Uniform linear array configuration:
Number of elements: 12
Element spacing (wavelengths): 0.25
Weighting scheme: hann
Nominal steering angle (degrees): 15
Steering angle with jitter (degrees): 15.991
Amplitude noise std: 0.05
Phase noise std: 0.05

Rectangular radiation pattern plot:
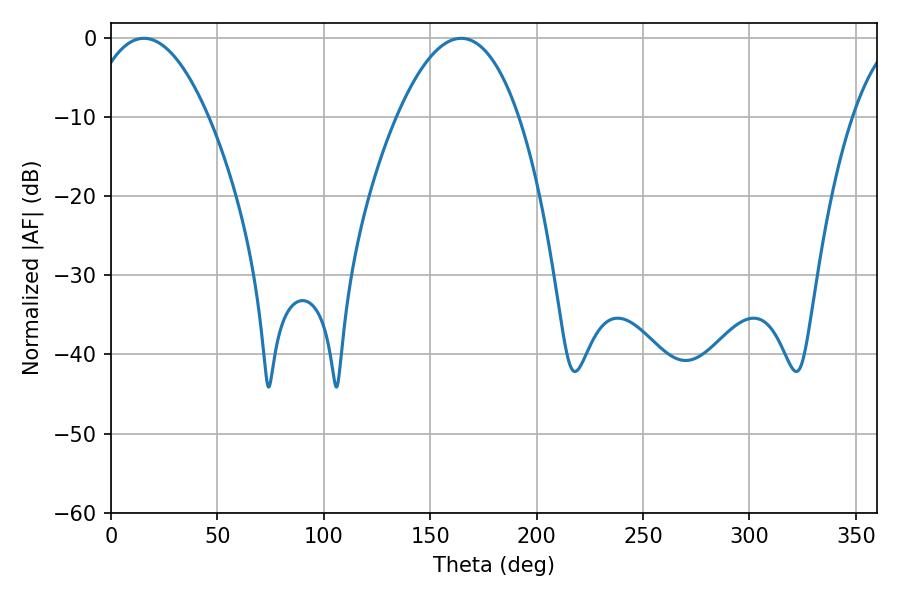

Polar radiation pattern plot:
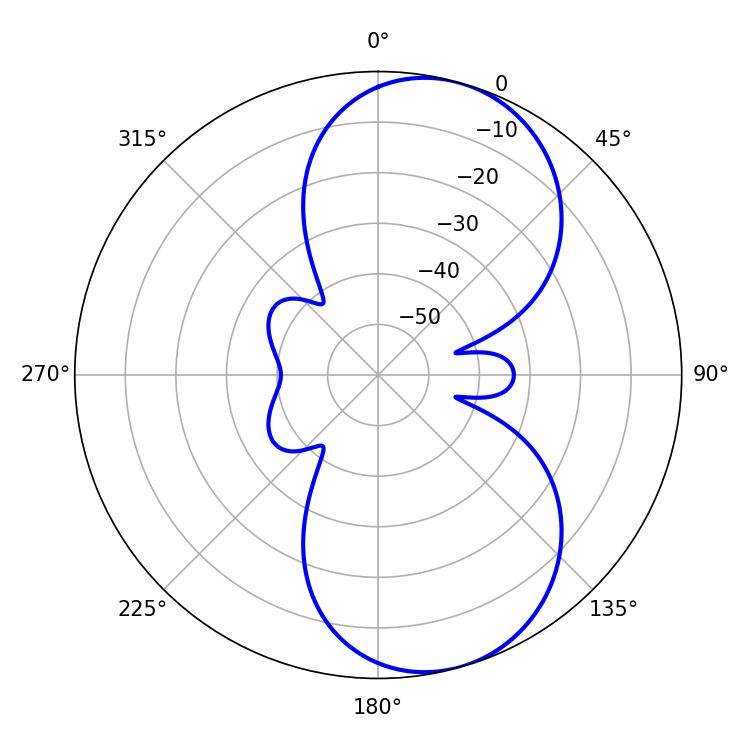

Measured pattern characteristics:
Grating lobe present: FALSE
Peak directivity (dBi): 7.878
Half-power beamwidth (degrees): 31.68
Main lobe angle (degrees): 15.48